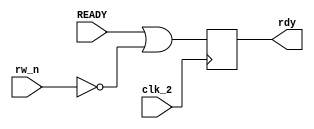
/*
*
*                                          READY_CONTROL
*
*                                   Copyright (c) 2021 Kevin Lynch
*                             This file is licensed under the MIT license
*
 * the ready control block of the 6502 CPU.
 * the rdy output takes on the value of the ready input unless rw_n is low in which
 * case rdy is set high so that a write is not interrupted.
 */
module ready_control(clk_2, READY, rw_n, rdy);
  input clk_2;
  input READY;     //input pin ready; pad: 89
  input rw_n;      //read not write input pin (active low); pad: 1156
  output reg rdy;  //phi2 clocked version of ready or not writing; net 1718 (active high verson of net: 248)

  always @(posedge clk_2)
      rdy <= (READY | ~rw_n); //ignore ready pin if we are writing

endmodule